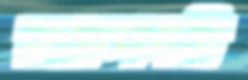
রাকেলসরি